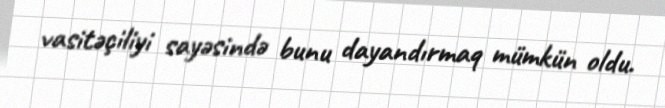
vasitəçiliyi sayəsində bunu dayandırmaq mümkün oldu.